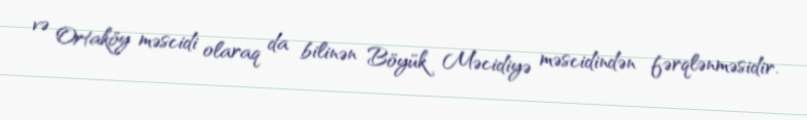
və Ortaköy məscidi olaraq da bilinən Böyük Məcidiyə məscidindən fərqlənməsidir.